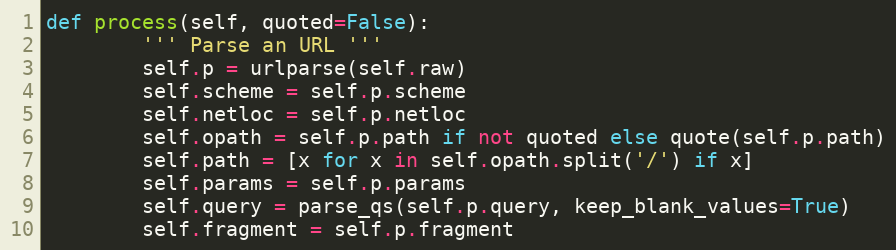
Language: Python
def process(self, quoted=False):
        ''' Parse an URL '''
        self.p = urlparse(self.raw)
        self.scheme = self.p.scheme
        self.netloc = self.p.netloc
        self.opath = self.p.path if not quoted else quote(self.p.path)
        self.path = [x for x in self.opath.split('/') if x]
        self.params = self.p.params
        self.query = parse_qs(self.p.query, keep_blank_values=True)
        self.fragment = self.p.fragment